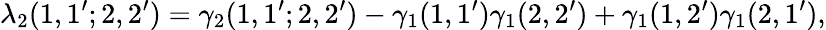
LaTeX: \lambda_{2}(1,1^{\prime};2,2^{\prime})=\gamma_{2}(1,1^{\prime};2,2^{\prime})-\gamma_{1}(1,1^{\prime})\gamma_{1}(2,2^{\prime})+\gamma_{1}(1,2^{\prime})\gamma_{1}(2,1^{\prime}),